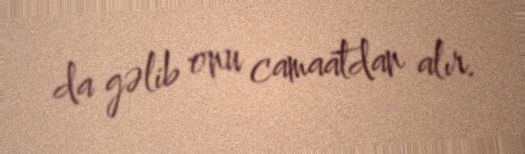
da gəlib onu camaatdan alır.